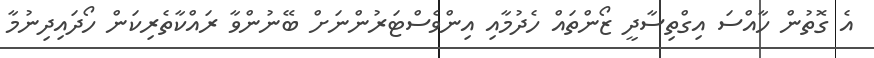
އެ ގޮތުން ހާއްސަ އިގްތިސާދީ ޒޯންތައް ހެދުމާއި އިންވެސްޓަރުންނަށް ބޭނުންވާ ރައްކާތެރިކަން ހޯދައިދިނުމާ